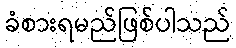
ခံစားရမည်ဖြစ်ပါသည်